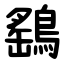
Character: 鷂